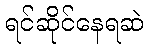
ရင်ဆိုင်နေရဆဲ